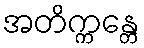
အတိက္ကန္တေ